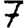
Digit: 7